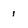
Character: 1